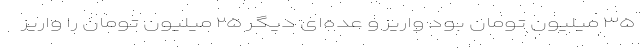
۳۵ میلیون تومان بود واریز و عده‌ای دیگر ۲۵ میلیون تومان را واریز